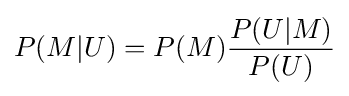
P(M|U)=P(M){\frac {P(U|M)}{P(U)}}